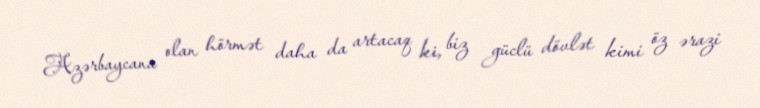
Azərbaycana olan hörmət daha da artacaq ki, biz güclü dövlət kimi öz ərazi